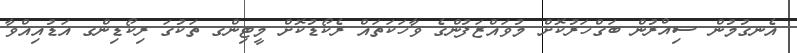
އެނގުމުން ސިއްރުން ބަގްހަރުކޮށް މުވައްޒަފުންގެ ވާހަކަތައް ރެކޯޑުކޮށް މީޓިންގ ތަކުގަ ރިކޯޑިންގ އަޑުއިއްވާ